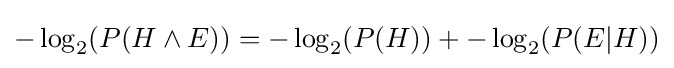
-\log _{2}(P(H\land E))=-\log _{2}(P(H))+-\log _{2}(P(E|H))